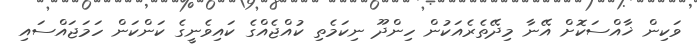
ވަކިން ޚާއްސަކޮށް އޭނާ މިދޭތެރެއަކުން ހިންދޫ ނިކަމެތި ކުއްޖެއްގެ ކައިވެނީގެ ކަންކަން ހަމަޖައްސައި